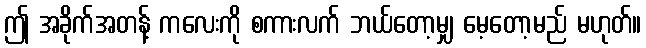
ဤ အခိုက်အတန့် ကလေးကို စကားလက် ဘယ်တော့မျှ မေ့တော့မည် မဟုတ်။